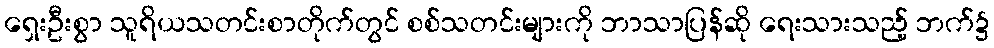
ရှေးဦးစွာ သူရိယသတင်းစာတိုက်တွင် စစ်သတင်းများကို ဘာသာပြန်ဆို ရေးသားသည့် ဘက်၌